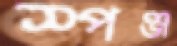
স্পঞ্জ